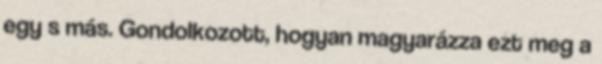
egy s más. Gondolkozott, hogyan magyarázza ezt meg a